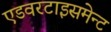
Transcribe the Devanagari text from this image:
एडवरटाइसमेन्ट